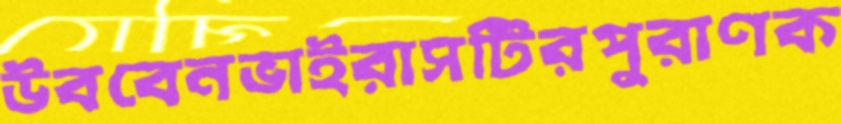
উববেনভাইরাসটিরপুরাণক